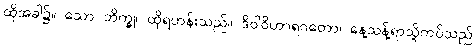
ထိုအခါ၌။ သော ဘိက္ခု၊ ထိုရဟန်းသည်။ ဒိဝါဝိဟာရဂတော၊ နေ့သန့်ရာသို့ကပ်သည်